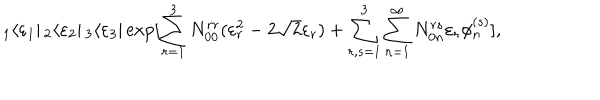
LaTeX: _ 1 \langle \varepsilon _ { 1 } | \, _ { 2 } \langle \varepsilon _ { 2 } | \, _ { 3 } \langle \varepsilon _ { 3 } | \exp [ \sum _ { r = 1 } ^ { 3 } N _ { 0 0 } ^ { r r } ( \varepsilon _ { r } ^ { 2 } - 2 \sqrt { 2 } \varepsilon _ { r } ) + \sum _ { r , s = 1 } ^ { 3 } \sum _ { n = 1 } ^ { \infty } N _ { 0 n } ^ { r s } \varepsilon _ { r } \phi _ { n } ^ { ( s ) } ] ,